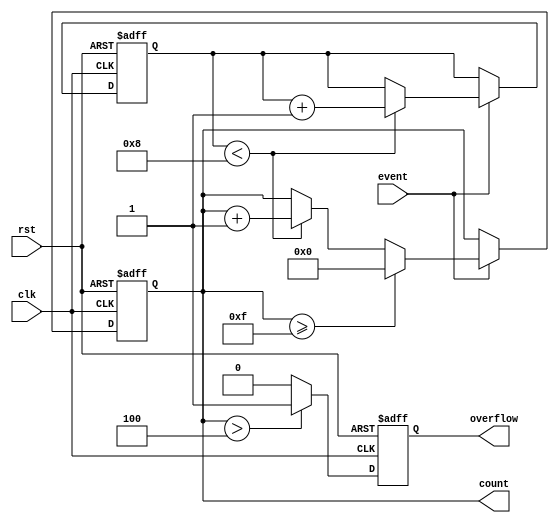
module windowed_counter #(
    parameter WINDOW_SIZE = 8,     // Number of events to monitor
    parameter THRESHOLD = 4         // Threshold for overflow indication
)(
    input wire clk,                 // Clock input
    input wire rst,                 // Asynchronous reset
    input wire event,               // Event signal to increment the count
    output reg [3:0] count = 0,     // Current count value
    output reg overflow             // Overflow flag
);

    // Internal registers
    reg [2:0] event_count = 0;      // To track number of events in the window

    // Always block for synchronous logic on the clock
    always @(posedge clk or posedge rst) begin
        if (rst) begin
            count <= 0;
            overflow <= 0;
            event_count <= 0;
        end else begin
            if (event) begin
                // Increment event counter within the specified window size
                if (event_count < WINDOW_SIZE) begin
                    event_count <= event_count + 1;
                end else begin
                    // If we're at the limit and get a new event, wrap around
                    event_count <= event_count;  // Stay at max until we reset
                end
                
                // Increment the main counter only if within the window
                if (event_count < WINDOW_SIZE) begin
                    count <= count + 1; 
                end
                
                // Handling the wrap-around
                if (count >= 15) begin
                    count <= 0; // 4-bit counter wraps after 15
                end
            end
            
            // Set overflow flag if count exceeds threshold
            if (count > THRESHOLD) begin
                overflow <= 1;
            end else begin
                overflow <= 0;
            end
        end
    end
endmodule